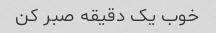
خوب یک دقیقه صبر کن